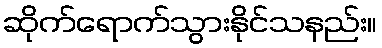
ဆိုက်ရောက်သွားနိုင်သနည်း။